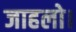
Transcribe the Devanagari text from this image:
जाहलो।